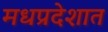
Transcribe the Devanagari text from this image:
मधप्रदेशात